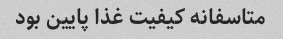
متاسفانه کیفیت غذا پایین بود